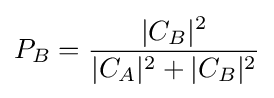
P_{B}={\frac {|C_{B}|^{2}}{|C_{A}|^{2}+|C_{B}|^{2}}}